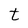
Character: t